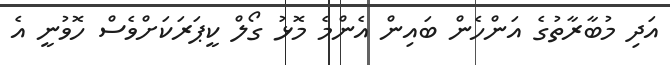
އަދި މުބާރާތުގެ އަންހެން ބައިން އެންމެ މޮޅު ގޯލް ކީޕަރަކަށްވެސް ހޮވުނީ އެ